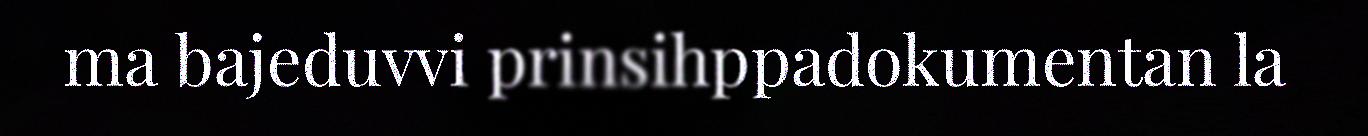
ma bajeduvvi prinsihppadokumentan la